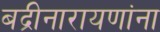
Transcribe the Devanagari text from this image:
बद्रीनारायणांना